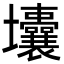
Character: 㚂